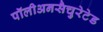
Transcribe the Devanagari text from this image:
पॉलीअनसैचुरेटेड